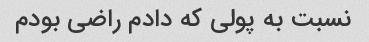
نسبت به پولی که دادم راضی بودم